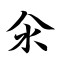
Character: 氽